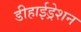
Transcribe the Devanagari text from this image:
डीहाईड्रेशन